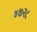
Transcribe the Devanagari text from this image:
४७२८